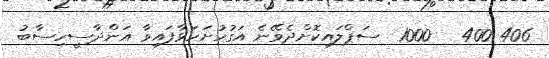
406 400   1000  ސަޕްލައިކޮށްދެވޭނެ އަގުހުށަހަޅާފައިވާ އަންދާސީހިސާބު